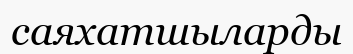
саяхатшыларды